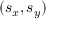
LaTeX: ( s _ { x } , s _ { y } )